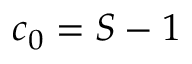
c _ { 0 } = S - 1 \,